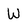
Character: W